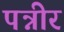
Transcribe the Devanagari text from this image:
पन्नीर